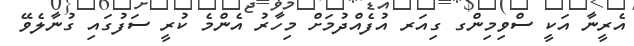
އެރީނާ އަކީ ސްވިމިންގ ގިއަރ އުފެއްދުމަށް މިހާރު އެންމެ ކުރީ ސަފުގައި ގުނާލެވޭ